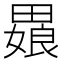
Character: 𬏒